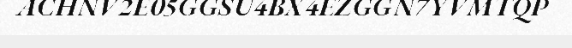
ACHNV2E05GGSU4BX4EZGGN7YVMTQP